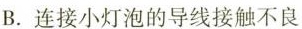
B.连接小灯泡的导线接触不良